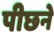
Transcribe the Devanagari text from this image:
पीछने